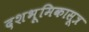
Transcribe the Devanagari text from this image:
दशभूमिकासूत्र